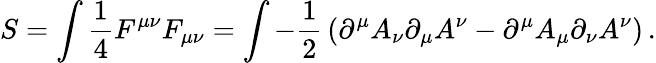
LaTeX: S=\int{\frac{1}{4}}F^{\mu\nu}F_{\mu\nu}=\int-{\frac{1}{2}}\left(\partial^{\mu}A_{\nu}\partial_{\mu}A^{\nu}-\partial^{\mu}A_{\mu}\partial_{\nu}A^{\nu}\right)\, .